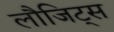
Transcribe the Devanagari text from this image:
लौजिट्स